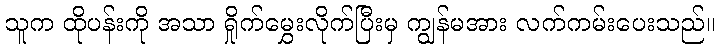
သူက ထိုပန်းကို အသာ ရှိုက်မွှေးလိုက်ပြီးမှ ကျွန်မအား လက်ကမ်းပေးသည်။